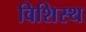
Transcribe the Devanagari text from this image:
विशिस्थ